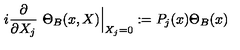
i \frac { \partial } { \partial X _ { j } } \ \Theta _ { B } ( x , X ) \Big \vert _ { X _ { j } = 0 } : = P _ { j } ( x ) \Theta _ { B } ( x )